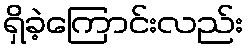
ရှိခဲ့ကြောင်းလည်း